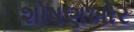
શોષણખોર